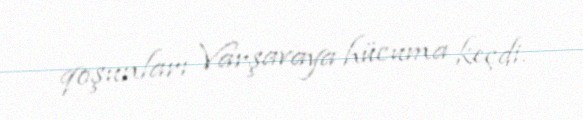
qoşunları Varşavaya hücuma keçdi.